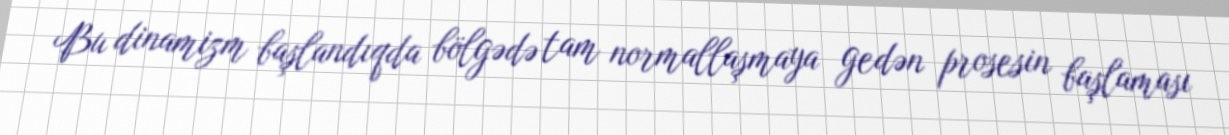
Bu dinamizm başlandıqda bölgədə tam normallaşmaya gedən prosesin başlaması